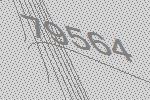
79564